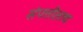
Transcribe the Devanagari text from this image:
संपत्तीलाच